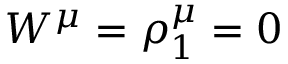
W ^ { \mu } = \rho _ { 1 } ^ { \mu } = 0